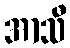
အာသီ